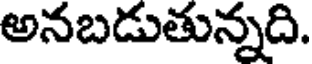
అనబడుతున్నది.